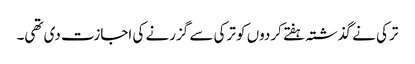
ترکی نے گذشتہ ہفتے کردوں کو ترکی سے گزرنے کی اجازت دی تھی۔